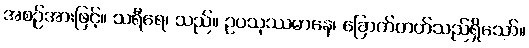
အစဉ်အားဖြင့်။ သရီရေ၊ သည်။ ဥပသုဿမာနေ၊ ခြောက်တတ်သည်ရှိသော်။